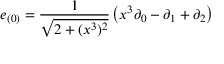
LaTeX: e _ { ( 0 ) } = { \frac { 1 } { \sqrt { 2 + ( x ^ { 3 } ) ^ { 2 } } } } \left( x ^ { 3 } \partial _ { 0 } - \partial _ { 1 } + \partial _ { 2 } \right)